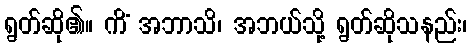
ရွတ်ဆို၏။ ကိံ အဘာသိ၊ အဘယ်သို့ ရွတ်ဆိုသနည်း၊